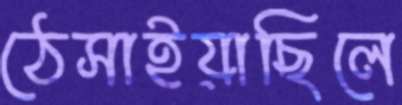
ঠেসাইয়াছিলে